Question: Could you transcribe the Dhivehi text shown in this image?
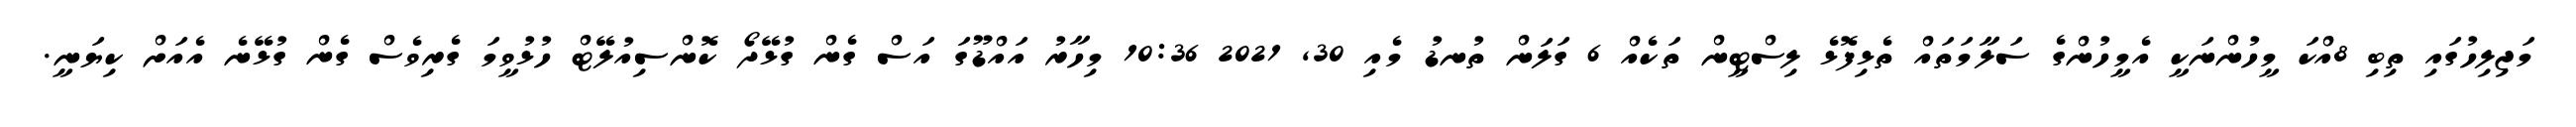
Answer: މަޖިލިހުގައި ތިބި 8އްކަ މީހުންނަކީ އެމީހުންގެ ސަލާމަތައް ތެޅިފޮޅެ ލިސްޓީން ތަކެއް 6 ގަލަން ތުނޑު މެއި 30, 2021 10:36 މިހާރު އައްޑޫގަ އަސް ގެން ގުޅޭދޯ ކޮންސިއުލޭޓް ހުޅުވީމަ ގެރިވެސް ގެން ގުޅޭނެ އެއަށް ކިޔަނީ.